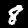
Label: 8